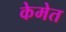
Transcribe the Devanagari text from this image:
केमेत